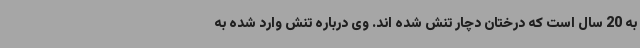
به 20 سال است که درختان دچار تنش شده اند. وی درباره تنش وارد شده به